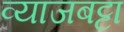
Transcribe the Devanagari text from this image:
व्याजबट्टा